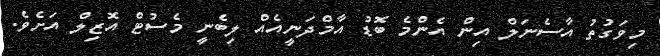
މިވަގުތު އާސެނަލް އިން އެންމެ ބޮޑު އާމްދަނީއެއް ލިބެނީ މެސުޓް އޮޒިލް އަށެވެ.